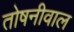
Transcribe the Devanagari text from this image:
तोषनीवाल